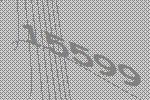
15599